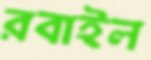
রবাইল